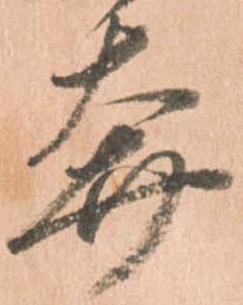
奔